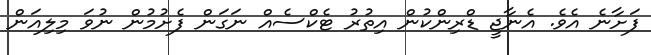
ފަށާނެ އެވެ. އެނާޖީ ޑްރިންކުން އިތުރު ޓެކްސެއް ނަގަން ފެށުމުން ނުވަ މިލިއަން